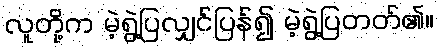
လူတို့က မဲ့ရွဲ့ပြလျှင်ပြန်၍ မဲ့ရွဲ့ပြတတ်၏။